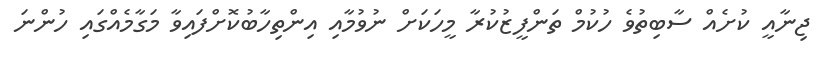
ޖިނާއީ ކުށެއް ސާބިތުވެ ހުކުމް ތަންފީޒުކުރާ މީހަކަށް ނުވުމާއި އިންތިހާބުކޮށްފައިވާ މަގާމެއްގައި ހުންނަ